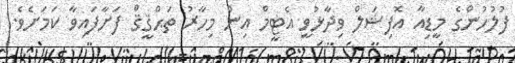
ފުލުހުންގެ މީޑިއާ އޮފިޝަލް ވިދާޅުވީ އެޓީމް އިން މިހާރު ތަޙްޤީޤް ފަށާފައިވާ ކަމަށެވެ.